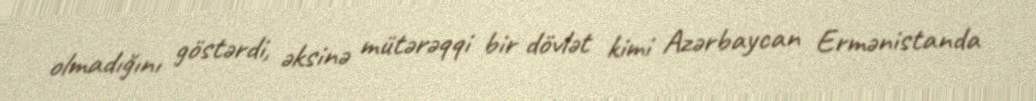
olmadığını göstərdi, əksinə mütərəqqi bir dövlət kimi Azərbaycan Ermənistanda